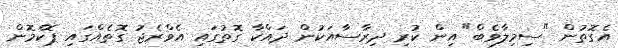
އެގޮތުން "ސިމިލާވެބް" އިން ކުރި ދިރާސާއަކުން ދައްކާ ގޮތުގައި އެވްރެޖު ގޮތެއްގައި ޕޮކެމޮން